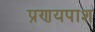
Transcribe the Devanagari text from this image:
प्रणयपाश